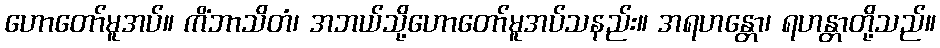
ဟောတော်မူအပ်။ ကိံဘာသိတံ၊ အဘယ်သို့ဟောတော်မူအပ်သနည်း။ အရဟန္တော၊ ရဟန္တာတို့သည်။